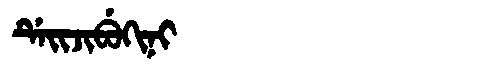
Manchu: ᡩᡝᡳᠵᡳᠪᡠᡴᡳᠨᡳ
Romanization: DEIJIBUKINI